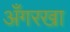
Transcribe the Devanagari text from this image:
अँगरखा